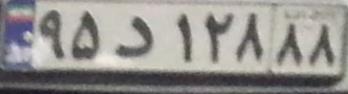
۹۵د۱۲۸۸۸